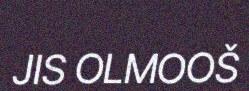
JIS OLMOOŠ